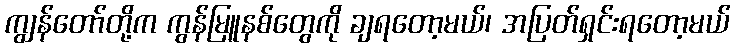
ကျွန်တော်တို့က ကွန်မြူနစ်တွေကို ချရတော့မယ်၊ အပြတ်ရှင်းရတော့မယ်